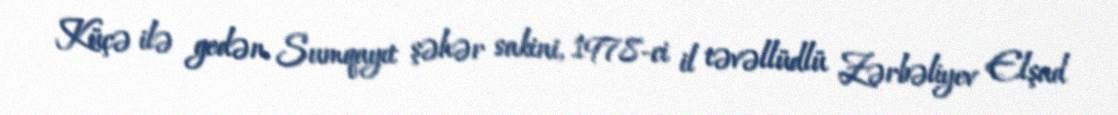
Küçə ilə gedən Sumqayıt şəhər sakini, 1978-ci il təvəllüdlü Zərbəliyev Elşad